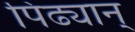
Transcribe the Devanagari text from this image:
पिढ्यान्‌